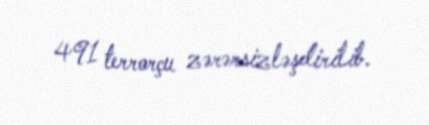
491 terrorçu zərərsizləşdirilib.